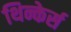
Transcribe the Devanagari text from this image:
थिन्केर्स